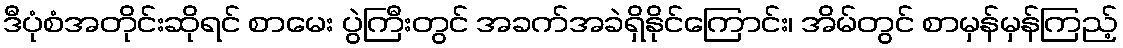
ဒီပုံစံအတိုင်းဆိုရင် စာမေး ပွဲကြီးတွင် အခက်အခဲရှိနိုင်ကြောင်း၊ အိမ်တွင် စာမှန်မှန်ကြည့်